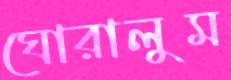
ঘোরালুম